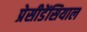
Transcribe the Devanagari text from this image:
प्रेसीडेंसियाल